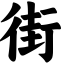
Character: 街